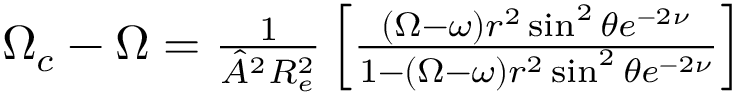
\begin{array} { r } { \Omega _ { c } - \Omega = \frac { 1 } { \hat { A } ^ { 2 } R _ { e } ^ { 2 } } \left[ \frac { ( \Omega - \omega ) r ^ { 2 } \sin ^ { 2 } \theta e ^ { - 2 \nu } } { 1 - ( \Omega - \omega ) r ^ { 2 } \sin ^ { 2 } \theta e ^ { - 2 \nu } } \right] } \end{array}